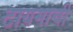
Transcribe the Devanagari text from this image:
टायमाची